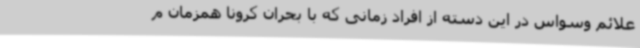
علائم وسواس در این دسته از افراد زمانی که با بحران کرونا همزمان م